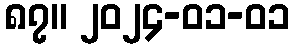
၈၇။ ၂၀၂၄-၀၁-၀၁